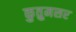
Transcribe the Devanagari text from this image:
कुतुमसर